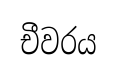
චීවරය